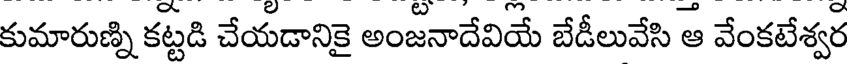
కుమారుణ్ని కట్టడి చేయడానికై అంజనాదేవియే బేడీలువేసి ఆ వేంకటేశ్వర